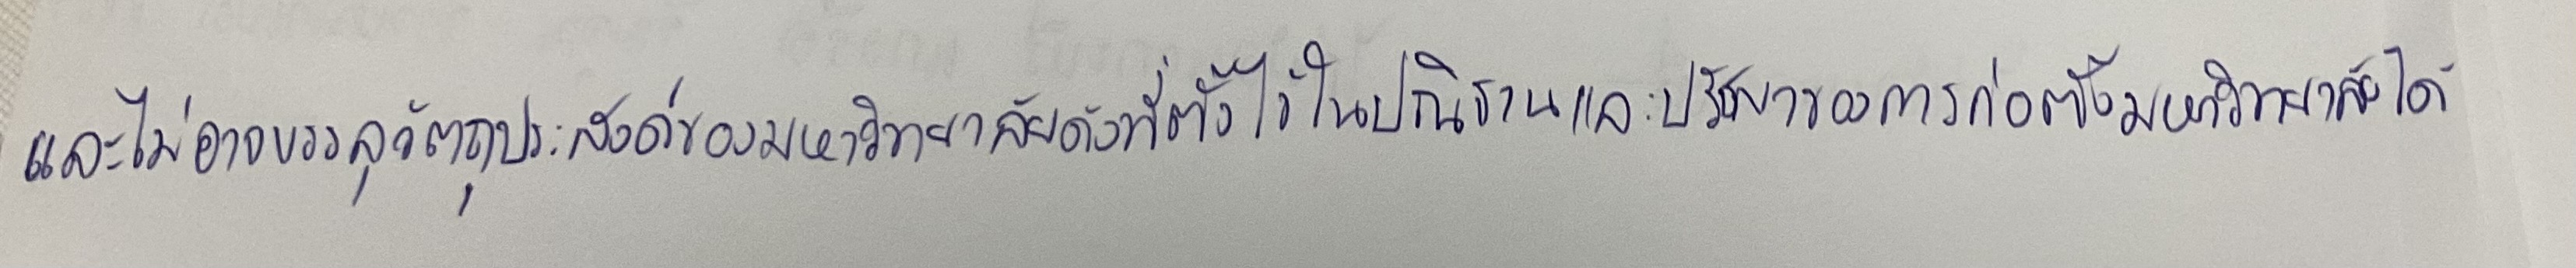
และไม่อาจบรรลุวัตถุประสงค์ของมหาวิทยาลัยดังที่ตั้งไว้ในปณิธานและปรัชญาของการก่อตั้งมหาวิทยาลัยได้